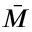
\bar { M }